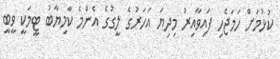
ކުޅުމަށް ހަމަޖެހި ފައިވާއިރު މިދިޔަ އަހަރުގެ ލީގުގެ އެންމެ ކާމިޔާބު ޓީމަކީ ވީބީ